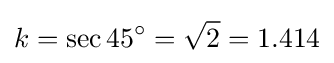
k=\sec 45^{\circ }={\sqrt {2}}=1.414